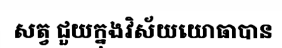
សត្វ ជួយក្នុងវិស័យយោធាបាន